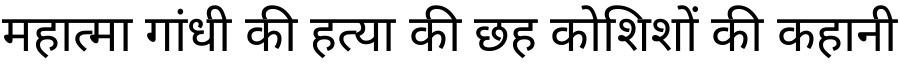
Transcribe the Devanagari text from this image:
महात्मा गांधी की हत्या की छह कोशिशों की कहानी